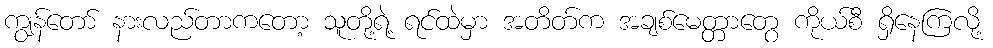
ကျွန်တော် နားလည်တာကတော့ သူတို့ရဲ့ ရင်ထဲမှာ အတိတ်က အချစ်မေတ္တာတွေ ကိုယ်စီ ရှိနေကြလို့